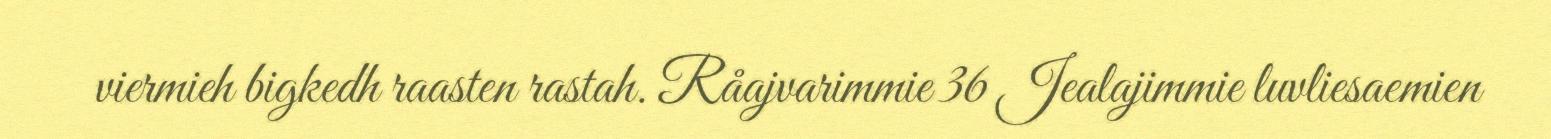
viermieh bigkedh raasten rastah. Råajvarimmie 36 Jealajimmie luvliesaemien